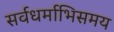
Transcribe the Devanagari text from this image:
सर्वधर्माभिसमय